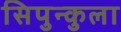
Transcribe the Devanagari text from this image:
सिपुन्कुला